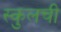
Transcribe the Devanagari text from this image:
स्कुलची